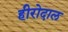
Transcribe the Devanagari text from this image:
हीरोदाल